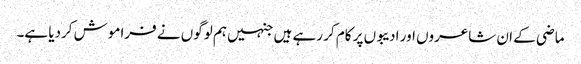
ماضی کے ان شاعروں اور ادیبوں پر کام کر رہے ہیں جنہیں ہم لوگوں نے فراموش کردیا ہے۔